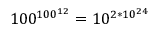
1 0 0 ^ { 1 0 0 ^ { 1 2 } } = 1 0 ^ { 2 * 1 0 ^ { 2 4 } }